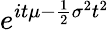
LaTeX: \! \, e^{it\mu-{\frac{1}{2}}\sigma^{2}t^{2}}